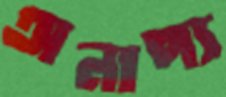
অনাপ্য